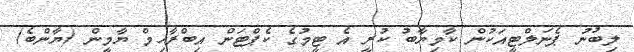
ލިބުނު ޕެނަލްޓީއަކުން ކާމިޔާބު ކުރީ އެ ޓީމުގެ ކެޕްޓަން އިބްރާހިމް ޔާމީން (ޔާންބެ)